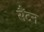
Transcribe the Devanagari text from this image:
सैंटन